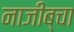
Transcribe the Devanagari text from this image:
नाजीब्चा